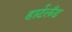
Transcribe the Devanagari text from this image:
हार्टलँड